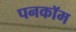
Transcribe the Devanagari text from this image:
पनकॉम